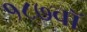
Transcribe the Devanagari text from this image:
१८७वॉ